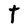
Character: t